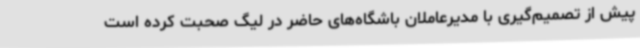
پیش از تصمیم‌گیری با مدیرعاملان باشگاه‌های حاضر در لیگ صحبت کرده است